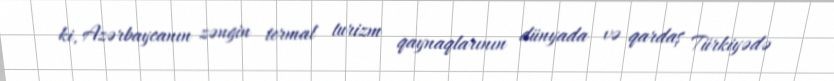
ki, Azərbaycanın zəngin termal turizm qaynaqlarının dünyada və qardaş Türkiyədə